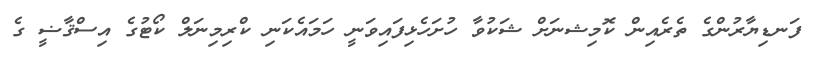
ފަނޑިޔާރުންގެ ތެރެއިން ކޮމިޝނަށް ޝަކުވާ ހުށަހެޅިފައިވަނީ ހަމައެކަނި ކްރިމިނަލް ކޯޓުގެ އިސްޤާޟީ ގެ